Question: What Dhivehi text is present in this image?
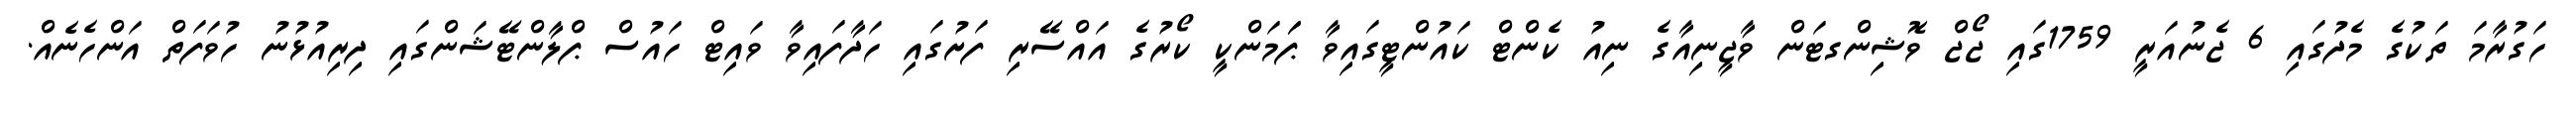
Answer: ހަގުރާމަ ތަކުގެ މެދުގައި 6 ޖެނުއަރީ 1759ގައި ޖޯޖް ވޮޝިންގޓަން ވާޖީނިއާގެ ނިއު ކެންޓް ކައުންޓީގައިވާ ޕަަމަންކީ ކޯރުގެ އައްސޭރި ފަށުގައި ހަދާފައިވާ ވައިޓް ހައުސް ޕްލާންޓޭޝަންގައި ދިރިއުޅުނު ހުވަފަތް އަންހެނެއް.